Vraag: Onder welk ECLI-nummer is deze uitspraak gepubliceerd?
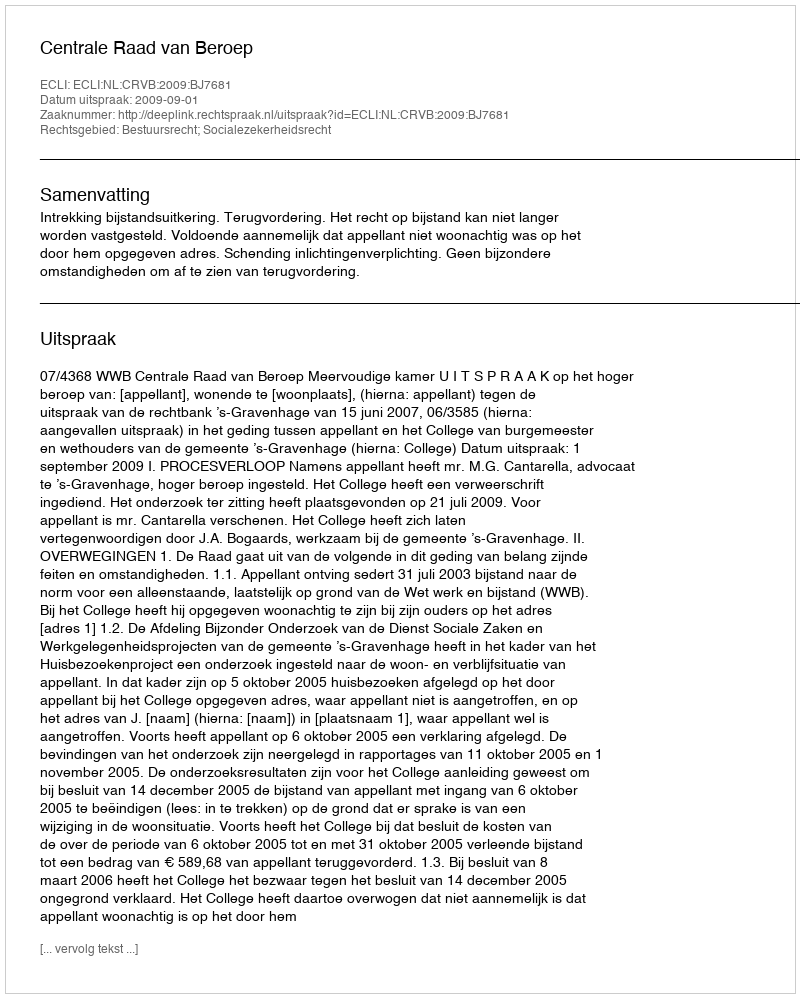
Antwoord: ECLI:NL:CRVB:2009:BJ7681